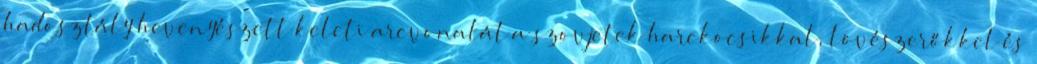
hadosztály hevenyészett keleti arcvonalát a szovjetek harckocsikkal, lövészerőkkel és